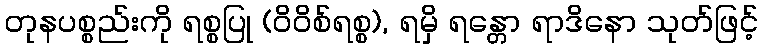
တုနပစ္စည်းကို ရစ္စပြု (ဝိဝိစ်ရစ္စ), ရမှိ ရန္တော ရာဒိနော သုတ်ဖြင့်